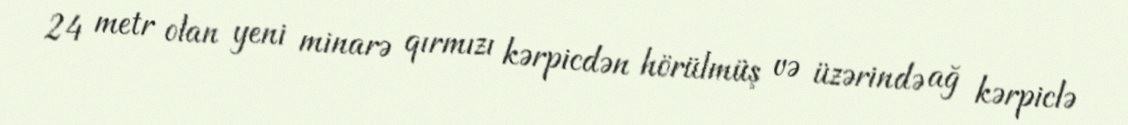
24 metr olan yeni minarə qırmızı kərpicdən hörülmüş və üzərində ağ kərpiclə